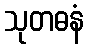
သုတဓနံ